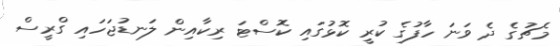
މެޗުގެ ދެ ވަނަ ހާފުގެ ކުރީ ކޮޅުގައި ކޮސްޓަ ރިކާއިން ލަނޑުޖަހައި ގްރީސް